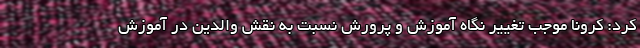
کرد: کرونا موجب تغییر نگاه آموزش و پرورش نسبت به نقش والدین در آموزش